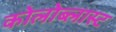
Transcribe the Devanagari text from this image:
कोलोब्लास्ट